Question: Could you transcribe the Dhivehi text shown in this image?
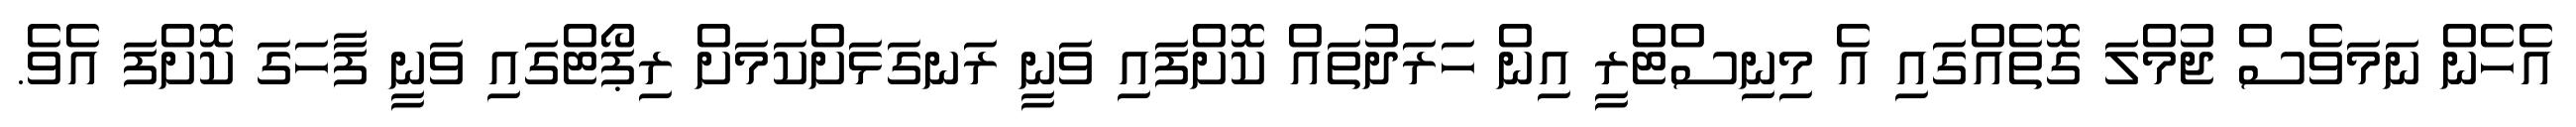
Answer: އެހެން ނަމަވެސް ޖުމްލަ ގޮތެއްގައި އެ މިނިސްޓްރީ އިން ހަރަދުތައް ކޮށްފައި ވަނީ ރަނގަޅަށްކަމަށް ރިޕޯޓްގައި ވަނީ ފާހަގަ ކޮށްފަ އެވެ.